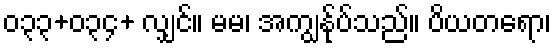
၀၃၃+၀၃၄+ လျှင်။ မမ၊ အကျွန်ုပ်သည်။ ပိယတရော၊